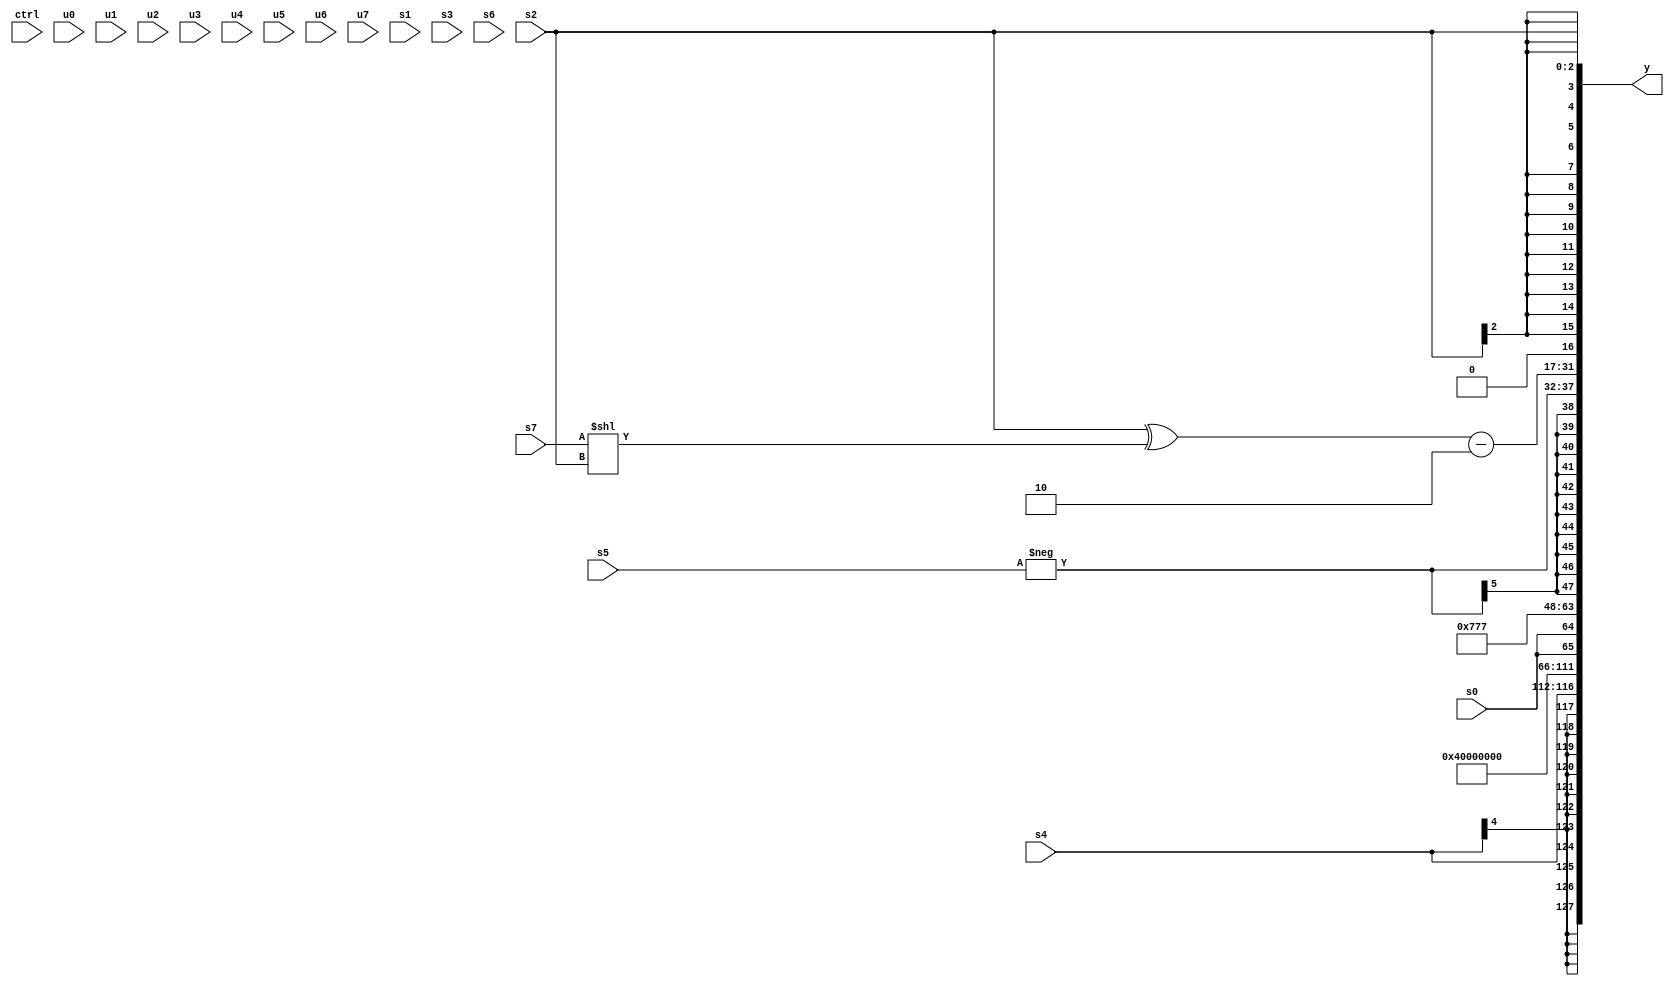
module wideexpr_00437(ctrl, u0, u1, u2, u3, u4, u5, u6, u7, s0, s1, s2, s3, s4, s5, s6, s7, y);
  input [7:0] ctrl;
  input [0:0] u0;
  input [1:0] u1;
  input [2:0] u2;
  input [3:0] u3;
  input [4:0] u4;
  input [5:0] u5;
  input [6:0] u6;
  input [7:0] u7;
  input signed [0:0] s0;
  input signed [1:0] s1;
  input signed [2:0] s2;
  input signed [3:0] s3;
  input signed [4:0] s4;
  input signed [5:0] s5;
  input signed [6:0] s6;
  input signed [7:0] s7;
  output [127:0] y;
  wire [15:0] y0;
  wire [15:0] y1;
  wire [15:0] y2;
  wire [15:0] y3;
  wire [15:0] y4;
  wire [15:0] y5;
  wire [15:0] y6;
  wire [15:0] y7;
  assign y = {y0,y1,y2,y3,y4,y5,y6,y7};
  assign y0 = $signed(s4);
  assign y1 = 2'sb01;
  assign y2 = 3'b000;
  assign y3 = {2{s0}};
  assign y4 = {3{$signed($signed(4'sb0111))}};
  assign y5 = $signed(-(s5));
  assign y6 = (((s2)^((s7)<<(s2)))-(4'sb1110))<<(1'sb1);
  assign y7 = +(s2);
endmodule